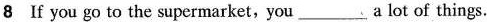
8 If you go to the supermarket,you ___a lot of things.